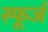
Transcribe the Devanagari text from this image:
स्फूर्ज